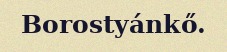
Borostyánkő.